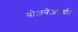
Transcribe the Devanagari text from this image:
योजनेअंतर्घत